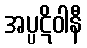
အပ္ပဋိဝါနီ